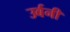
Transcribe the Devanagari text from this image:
उर्बनी